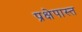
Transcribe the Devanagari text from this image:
प्रक्षेपास्त